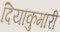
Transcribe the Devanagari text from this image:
दियाकुमारी